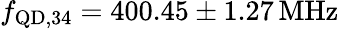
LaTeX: f_{\mathrm{QD,34}}=400.45\pm 1.27\, \mathrm{MHz}